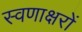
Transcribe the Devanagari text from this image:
स्वणाक्षरों